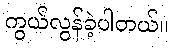
ကွယ်လွန်ခဲ့ပါတယ်။